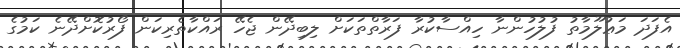
އެފަދަ މަޢުލޫމާތު ފުލުހުންނާ ހިއްސާކުރާ ފަރާތްތަކަށް ލިބިދޭން ޖެހޭ ރައްކާތެރިކަން ފޯރުކޮށްދޭނެ ކަމުގެ